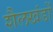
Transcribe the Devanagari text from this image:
शैलखंडों